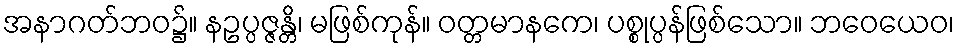
အနာဂတ်ဘဝ၌။ နဥပ္ပဇ္ဇန္တိ၊ မဖြစ်ကုန်။ ဝတ္တမာနကေ၊ ပစ္စုပ္ပန်ဖြစ်သော။ ဘဝေယေဝ၊